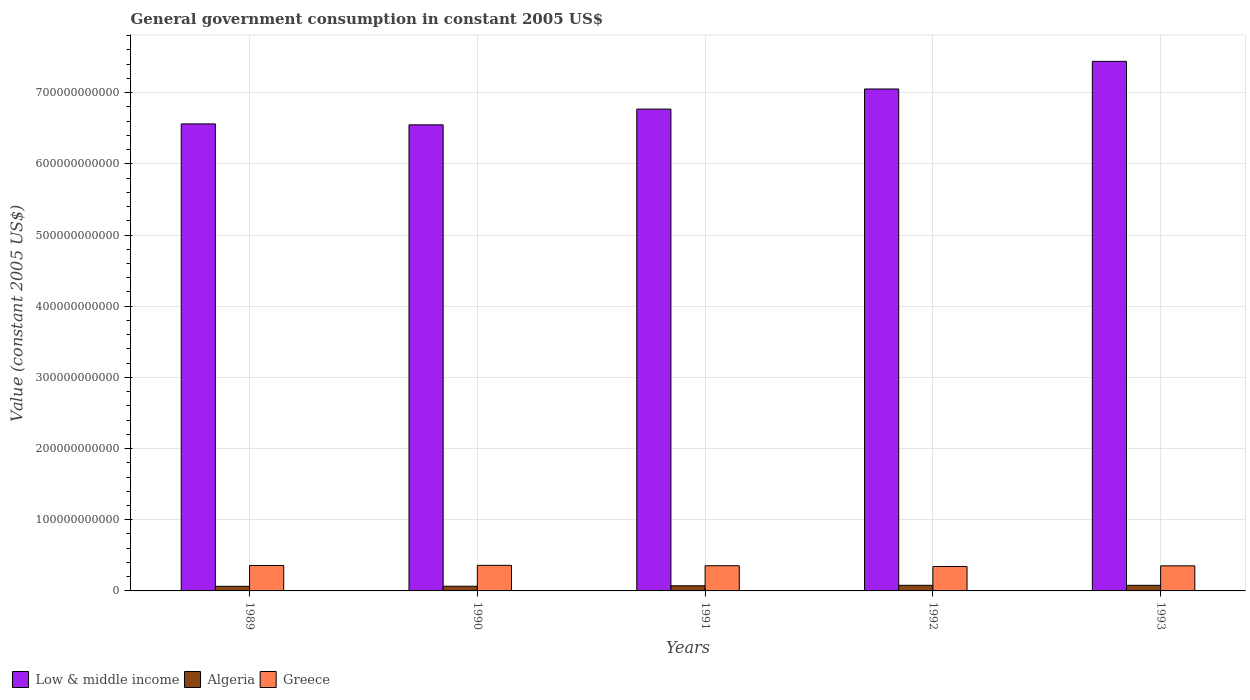
| Years | Low & middle income | Algeria | Greece |
 | --- | --- | --- | --- |
 | 1989 | 6.56e+11 | 6.5e+09 | 3.57e+10 |
 | 1990 | 6.55e+11 | 6.6e+09 | 3.59e+10 |
 | 1991 | 6.77e+11 | 7.22e+09 | 3.54e+10 |
 | 1992 | 7.05e+11 | 7.89e+09 | 3.43e+10 |
 | 1993 | 7.44e+11 | 7.86e+09 | 3.52e+10 |